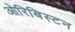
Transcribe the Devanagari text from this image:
ओरिबिस्टन